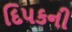
દિપકની